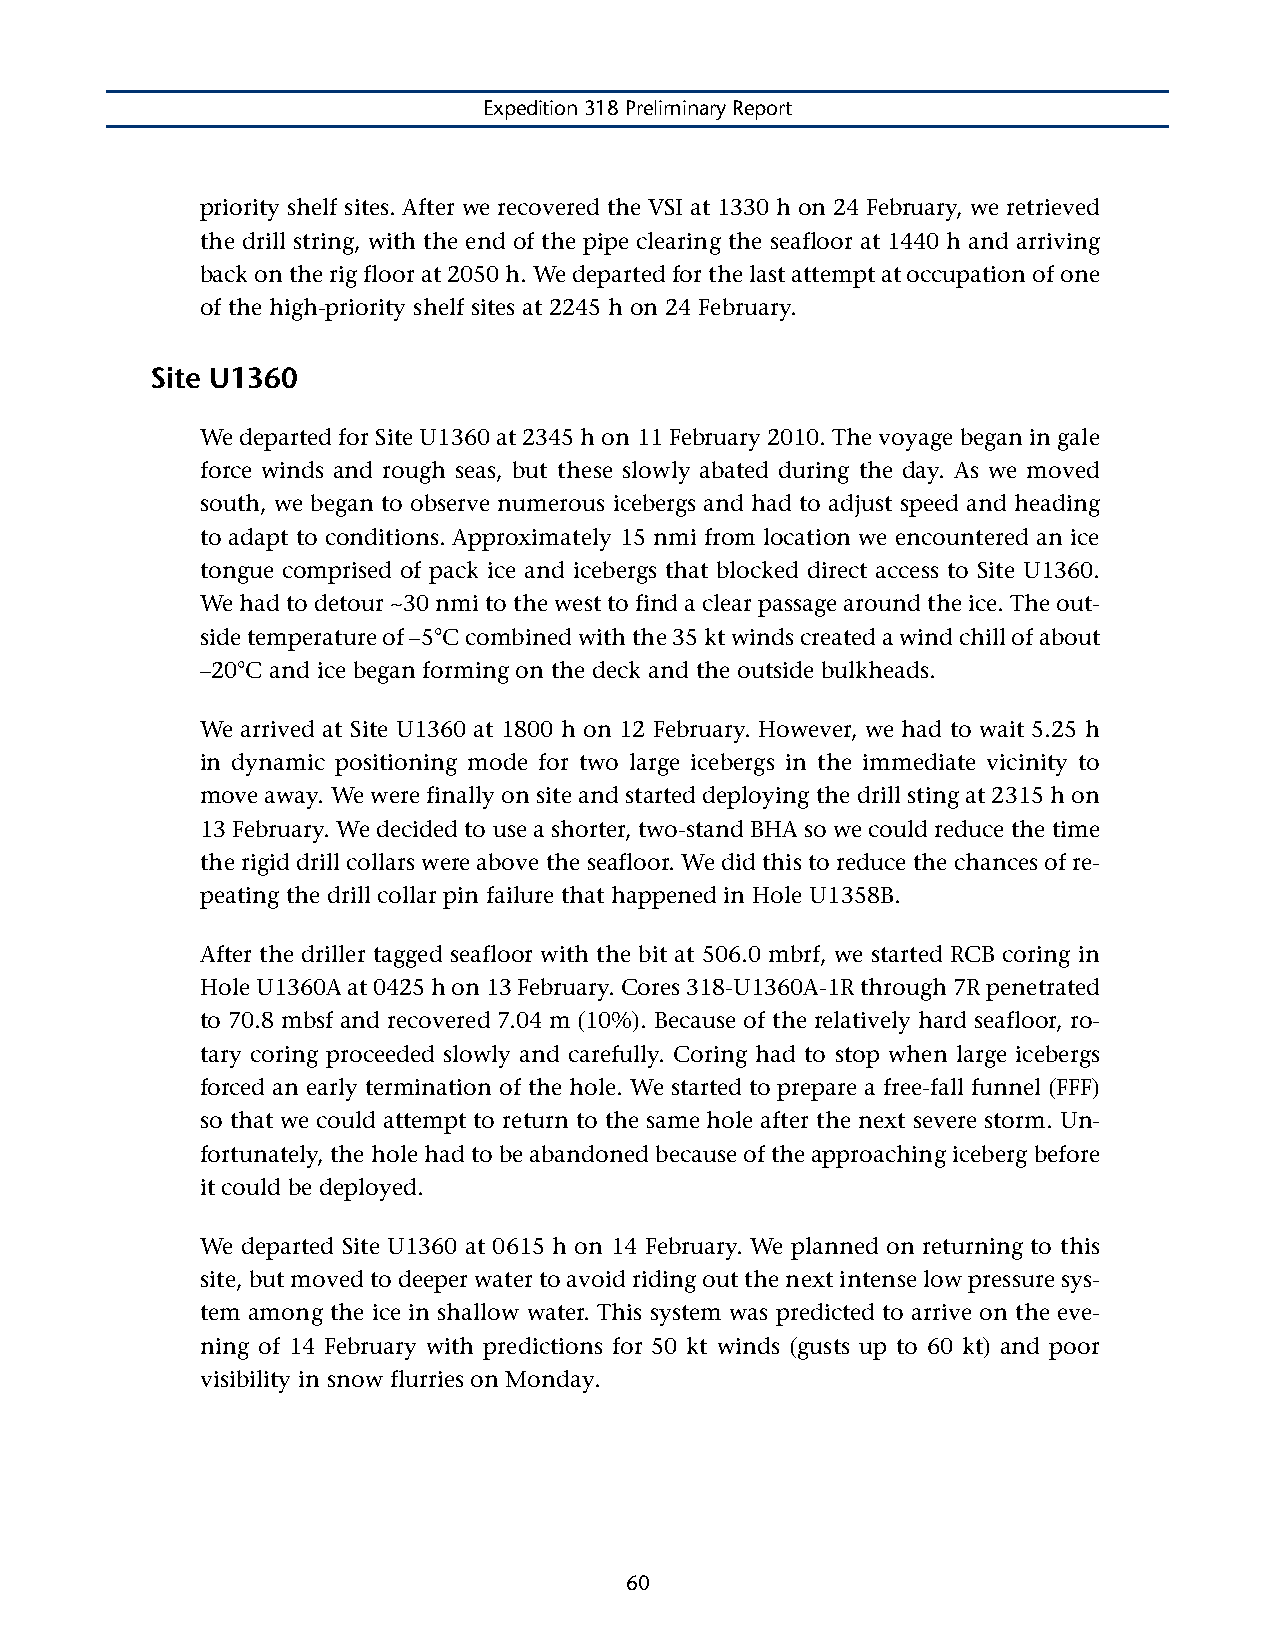
Expedition 318 Preliminary Report
 priority shelf sites. After we recovered the VSI at 1330 h on 24 February, we retrieved
 the drill string, with the end of the pipe clearing the seafloor at 1440 h and arriving
 back on the rig floor at 2050 h. We departed for the last attempt at occupation of one
 of the high-priority shelf sites at 2245 h on 24 February.
 Site U1360
 We departed for Site U1360 at 2345 h on 11 February 2010. The voyage began in gale
 force winds and rough seas, but these slowly abated during the day. As we moved
 south, we began to observe numerous icebergs and had to adjust speed and heading
 to adapt to conditions. Approximately 15 nmi from location we encountered an ice
 tongue comprised of pack ice and icebergs that blocked direct access to Site U1360.
 We had to detour ~30 nmi to the west to find a clear passage around the ice. The out-
 side temperature of –5°C combined with the 35 kt winds created a wind chill of about
 –20°C and ice began forming on the deck and the outside bulkheads.
 We arrived at Site U1360 at 1800 h on 12 February. However, we had to wait 5.25 h
 in dynamic positioning mode for two large icebergs in the immediate vicinity to
 move away. We were finally on site and started deploying the drill sting at 2315 h on
 13 February. We decided to use a shorter, two-stand BHA so we could reduce the time
 the rigid drill collars were above the seafloor. We did this to reduce the chances of re-
 peating the drill collar pin failure that happened in Hole U1358B.
 After the driller tagged seafloor with the bit at 506.0 mbrf, we started RCB coring in
 Hole U1360A at 0425 h on 13 February. Cores 318-U1360A-1R through 7R penetrated
 to 70.8 mbsf and recovered 7.04 m (10%). Because of the relatively hard seafloor, ro-
 tary coring proceeded slowly and carefully. Coring had to stop when large icebergs
 forced an early termination of the hole. We started to prepare a free-fall funnel (FFF)
 so that we could attempt to return to the same hole after the next severe storm. Un-
 fortunately, the hole had to be abandoned because of the approaching iceberg before
 it could be deployed.
 We departed Site U1360 at 0615 h on 14 February. We planned on returning to this
 site, but moved to deeper water to avoid riding out the next intense low pressure sys-
 tem among the ice in shallow water. This system was predicted to arrive on the eve-
 ning of 14 February with predictions for 50 kt winds (gusts up to 60 kt) and poor
 visibility in snow flurries on Monday.
 60